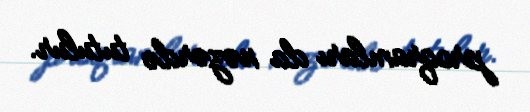
proqramları da nəzərdə tutulur.